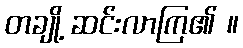
တချို့ ဆင်းလာကြ၏ ။